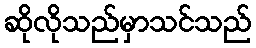
ဆိုလိုသည်မှာသင်သည်